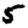
Digit: 5